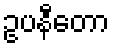
ဥပနီတော